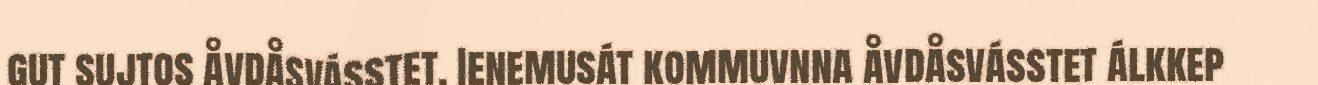
gut sujtos åvdåsvásstet. Ienemusát kommuvnna åvdåsvásstet álkkep